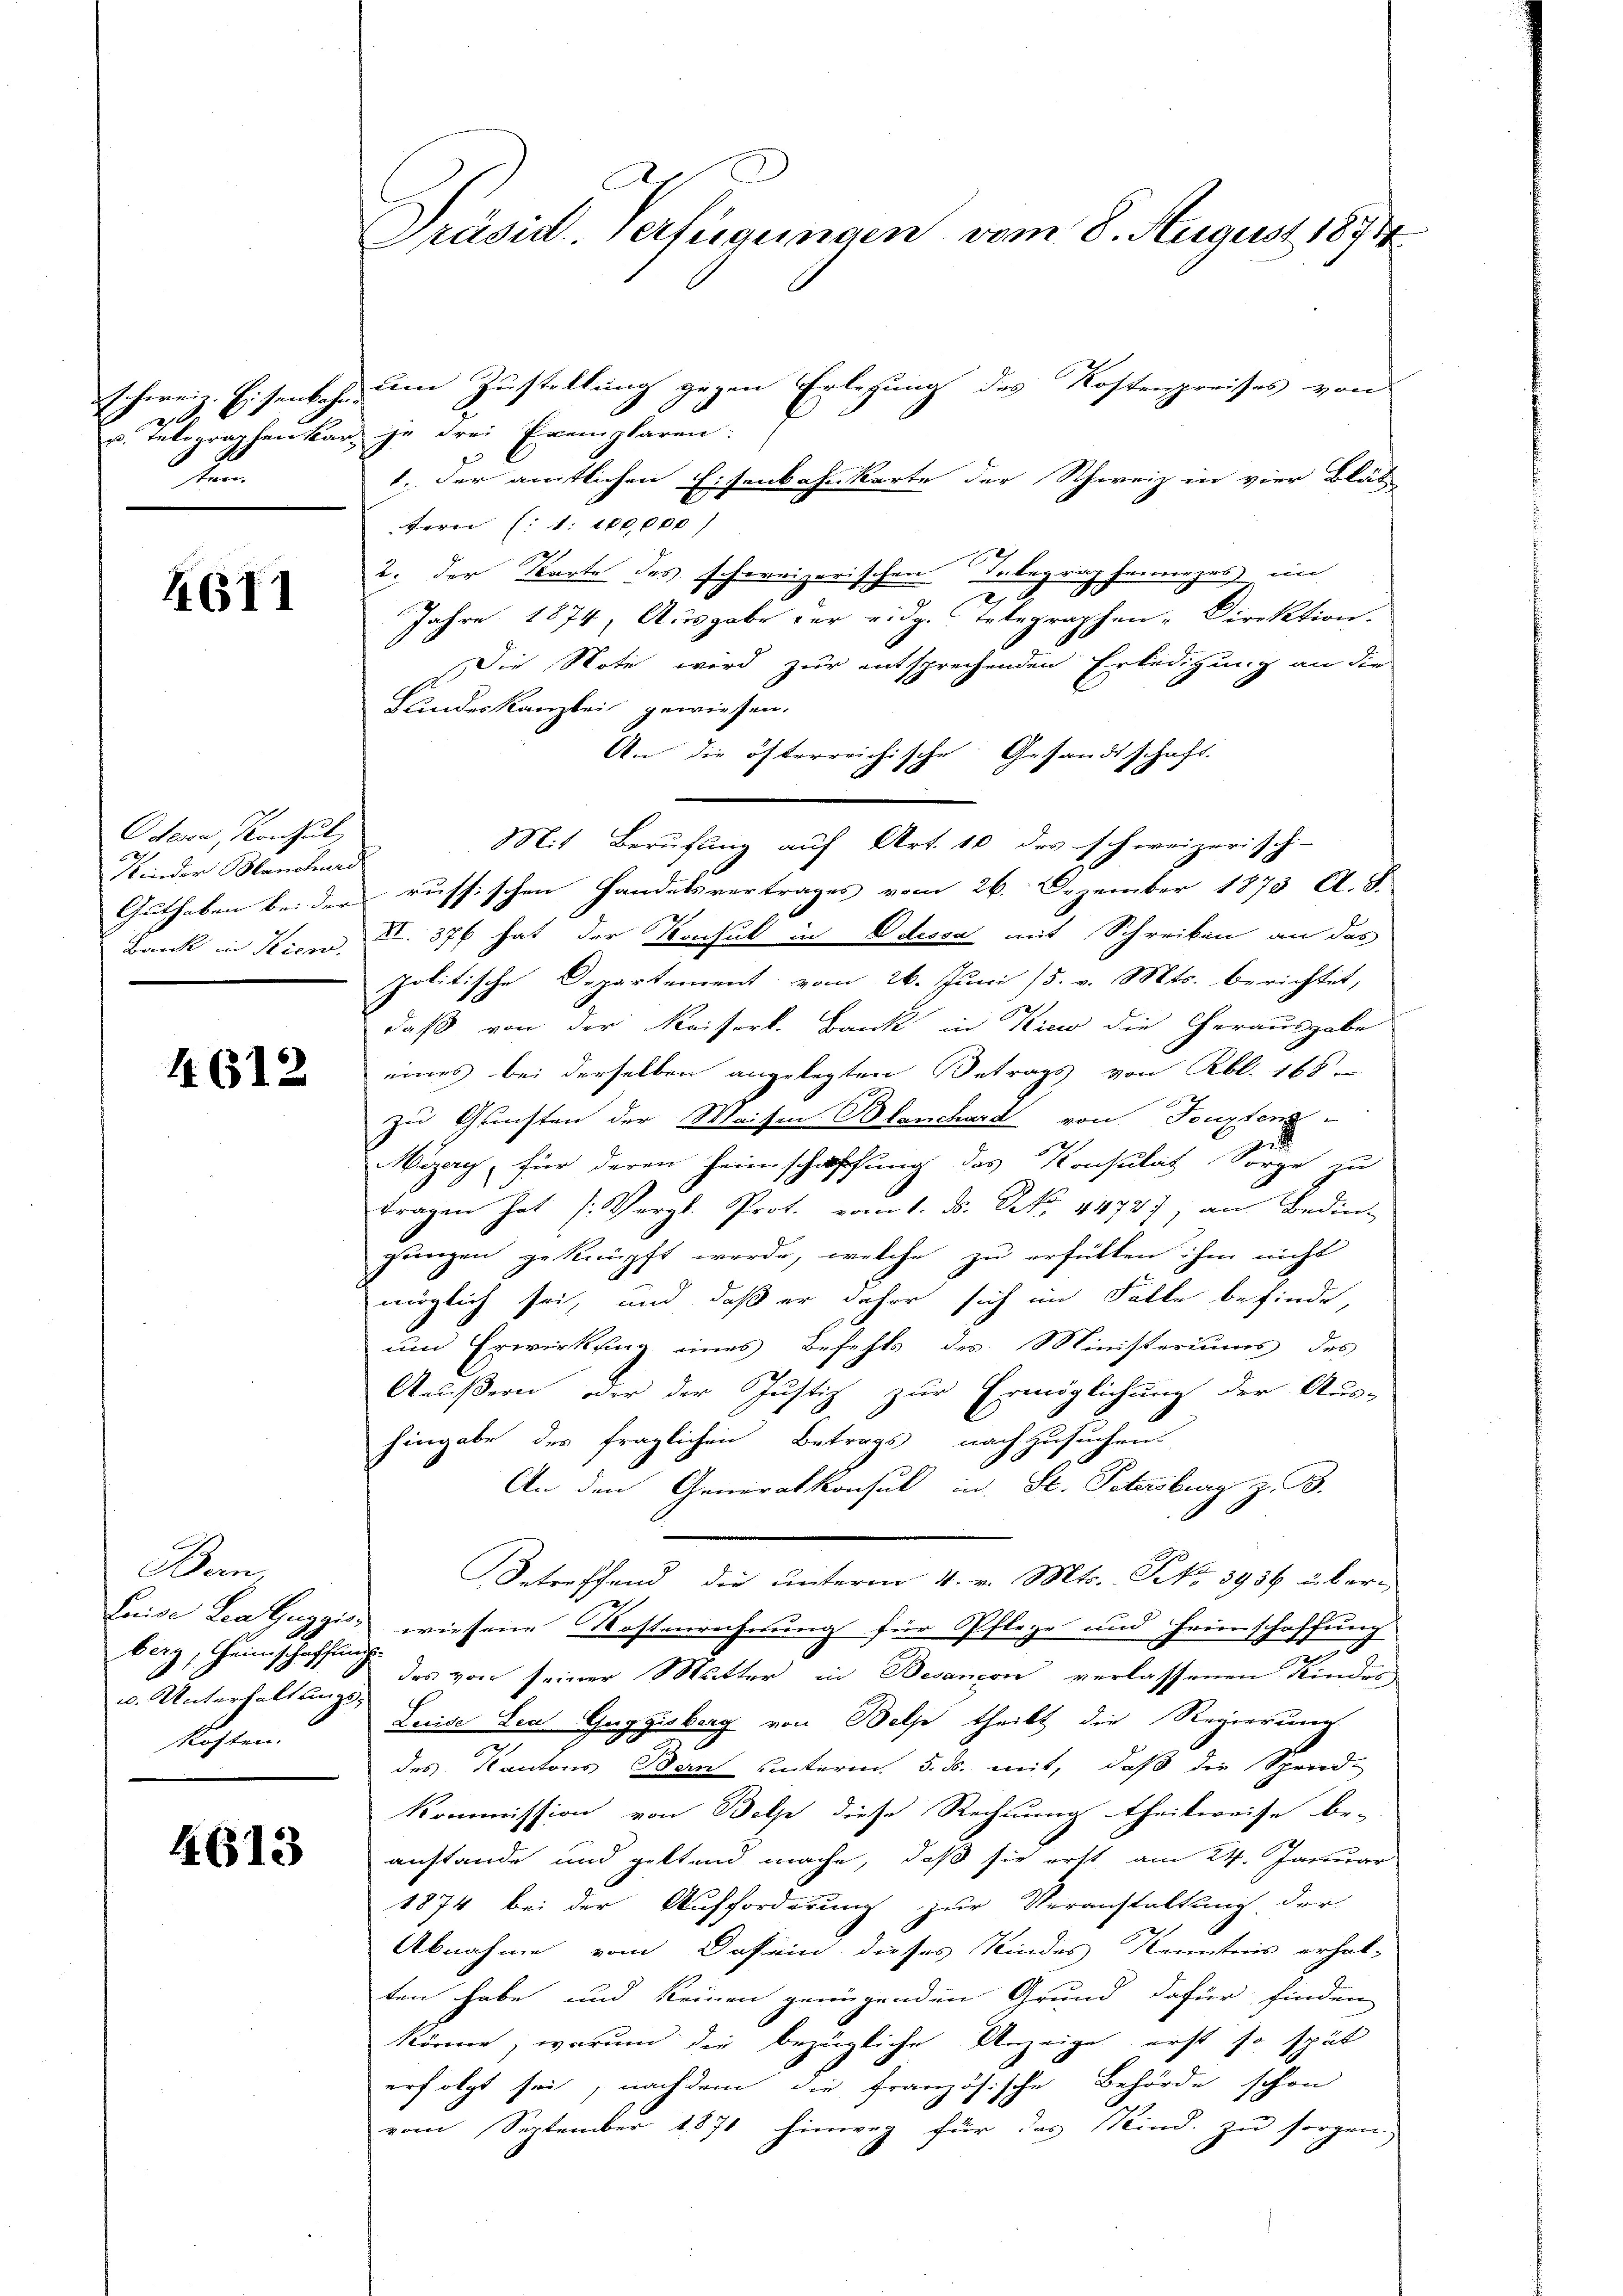
Eschweiz.
z. Eisenbahne
f

4611

Odeon, Konsul,
Kinder Manchend

4612

Bern,
berg, Heimschafflich
u. Unterhaltungs-
kosten.

4613

Präsid. Verfügungen vom 8. August 1891

um Zustellung gegen Erlesung des Kostenpreises von
.
u. Telegraphenkar, je drei Exemplaren:
1. der amtlichen Eisenbahnkarte der Schweiz in vier Blät
fern (: 1: 100,000)
2. der Karte des schweizerischen Telegraphenniges im
Jahre 1874, Ausgabe der eidg. Telegraphen-Direktion.
Die Note wird zur entsprechenden Erledigung an die
Bundeskanzlei gewiesen.
An die öfterreichische Gesandtschaft.
Mit Berufung auf Art. 10 des schweizerisch-
Guthaben bei der russischen Handelsvertrages vom 26. Dezember 1873 A. S.
Bank in Stien, II. 376 hat der Konsul in Odessa mit Schreiben an das
politische Departement vom 26. Juni /5. v. Mts. berichtet,
daß von der Kaiserk. Bank in Kiew die Herausgabe
eines bei derselben angelegten Betrags von Rbl. 168.
zu Gluchten der Weisen Blanchard von Toupten
Mizey, für deren Heimschaffung des Konsulat Sorge zu
tragen hat (Vergl. Prot. vom 1. ds. No. 44727, an Bedin-
gungen geknüpft werde, welche zu erfüllen ihm nicht
möglich sei, und daß er daher sich im Falle befinde,
und Erwirkung eines Befehls des Ministeriums des
Aeußern, oder der Justiz zur Ermöglichung der Aus-
hingabe des fraglichen Betrags nachzusuchen
An den Generalkonsul in St. Petersburg z. B.
Betreffend die unterm 4. v. Mts. Frk. 5936 über-
Puise Lea Guggis, wiesene Kostenrechnung für Pflege und Heimschaffung
2
des von seiner Mutter in Besancon verlassenen Kindes
Luise Seel Guggisberg von Belp theilt die Regierung
des Kantons Ban unterm 5. d. mit, daß die Spend-
Kommission von Belp diese Rechnung theilweise be-
anstande und geltend mache, daß sie erst am 24. Januar
1874 bei der Aufforderung zur Veranstaltung der
Abnahme vom Dasein dieses Kindes Kenntnis erhal-
ten habe und keinen genügenden Grund dafür finden
könne, worund die bezügliche Anzeige erst so spät
erfolgt sei, nachdem die französische Behörde schon
vom September 1871 hinweg für das Kind. zu sorgen,